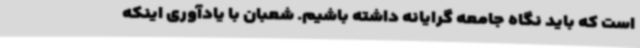
است که باید نگاه جامعه گرایانه داشته باشیم. شعبان با یادآوری اینکه